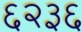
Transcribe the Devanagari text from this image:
६२३६